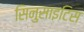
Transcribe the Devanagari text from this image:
सिनुसाइटिस